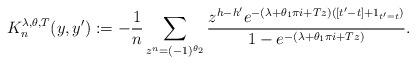
LaTeX: \begin{align*} K_n^{\lambda,\theta,T}(y,y') := - \frac{1}{n} \sum_{z^n = (-1)^{\theta_2}} \frac{ z^{h-h'} e^{ - (\lambda+\theta_1 \pi i+Tz)([t'-t]+\mathrm{1}_{t'=t}) } }{ 1 - e^{- (\lambda+\theta_1 \pi i +Tz) } } .\end{align*}